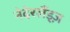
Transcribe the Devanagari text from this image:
नेदेरलैंड्ज़